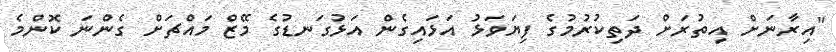
"އިރާނަށް އިތުރަށް ދަތިކުރުމުގެ ފިޔަވަޅު އަޅައިގެން އަޅުގަނޑުގެ މޭޒް މައްޗަށް ގެންނަ ކޮންމެ